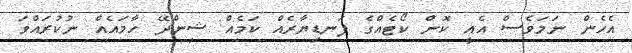
އެހެން ނަމަވެސް އެއީ ކޮން ކޯޓެއްގެ ފަނޑިޔާރެއް ކަމެއް ޝިންދޭ ހާމައެއް ނުކުރައްވަ